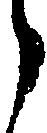
う